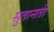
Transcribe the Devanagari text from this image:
सुतानती